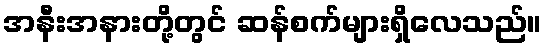
အနီးအနားတို့တွင် ဆန်စက်များရှိလေသည်။